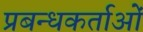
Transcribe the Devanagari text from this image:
प्रबन्धकर्ताओं